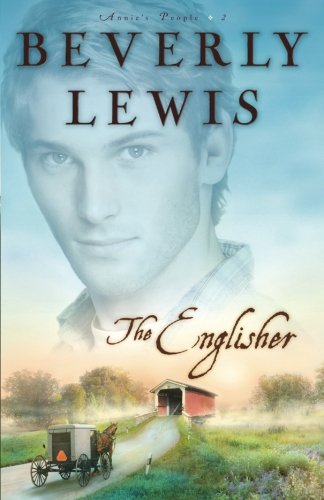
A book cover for The Englisher (Annie's People Series #2) (Volume 2); Beverly Lewis; Romance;